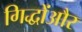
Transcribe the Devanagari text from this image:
गिद्धोंऔर